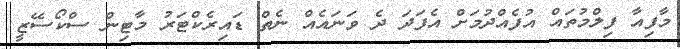
މާފިއާ ފިލްމުތައް އުފެއްދުމަށް އެފަދަ ދެ ވަނައެއް ނެތް ޑައިރެކްޓަރު މާޓިން ސްކޯސޭޒީ